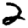
Digit: 2